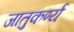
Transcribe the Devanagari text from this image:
जातुकर्ण्य